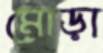
মোড়া